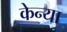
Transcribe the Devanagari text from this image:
केन्‍या